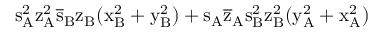
\mathrm { s _ { A } ^ { 2 } \mathrm { z _ { A } ^ { 2 } \mathrm { \overline { { s } } _ { B } \mathrm { z _ { B } ( \mathrm { x _ { B } ^ { 2 } + \mathrm { y _ { B } ^ { 2 } ) + \mathrm { s _ { A } \mathrm { \overline { { z } } _ { A } \mathrm { s _ { B } ^ { 2 } \mathrm { z _ { B } ^ { 2 } ( \mathrm { y _ { A } ^ { 2 } + \mathrm { x _ { A } ^ { 2 } ) } } } } } } } } } } } }